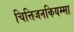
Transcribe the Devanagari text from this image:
चित्तिजनकियम्मा